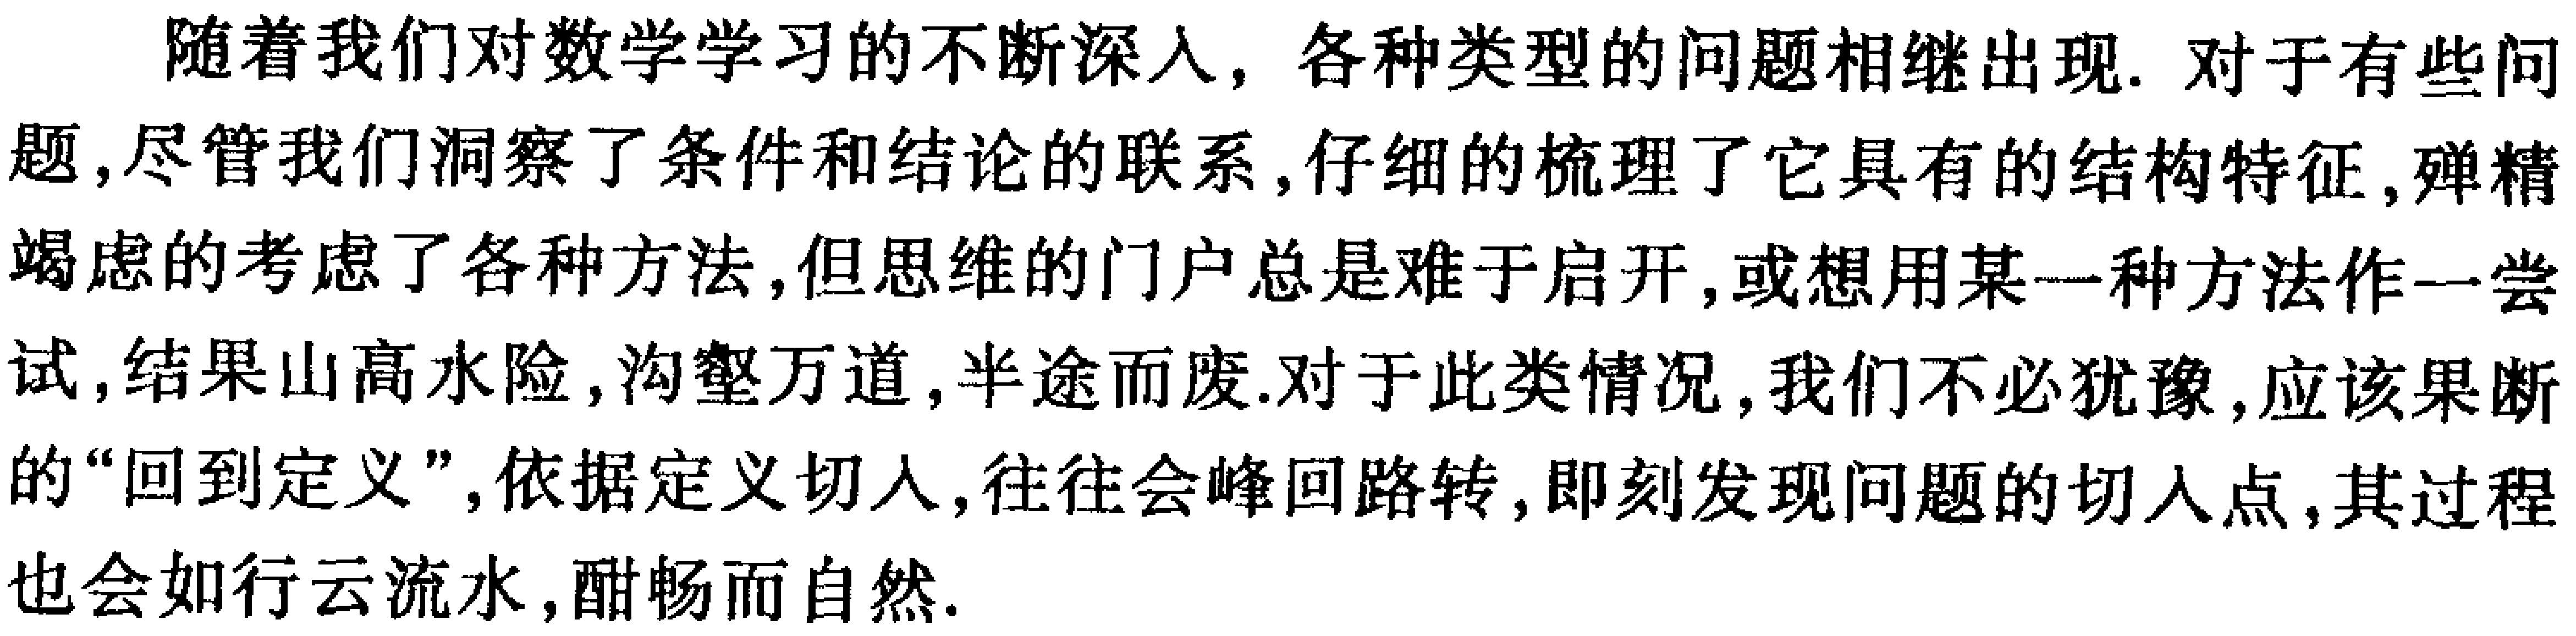
随着我们对数学学习的不断深入, 各种类型的问题相继出现. 对于有些问题,尽管我们洞察了条件和结论的联系,仔细的梳理了它具有的结构特征,殚精竭虑的考虑了各种方法,但思维的门户总是难于启开,或想用某一种方法作一尝试,结果山高水险,沟壑万道,半途而废.对于此类情况,我们不必犹豫,应该果断的“回到定义”,依据定义切入,往往会峰回路转,即刻发现问题的切入点,其过程也会如行云流水,酣畅而自然.